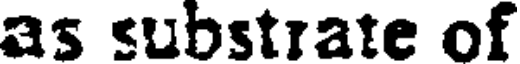
as substrate of